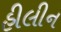
હીલીન